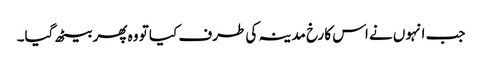
جب انہوں نے اس کا رخ مدینہ کی طرف کیا تو وہ پھر بیٹھ گیا۔